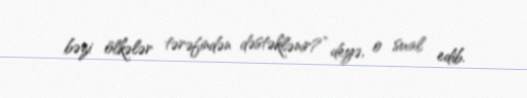
bəzi ölkələr tərəfindən dəstəklənir?” deyə, o sual edib.